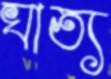
ঘাত্য